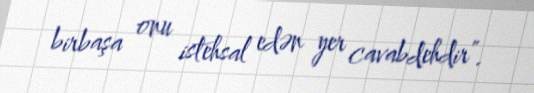
birbaşa onu istehsal edən yer cavabdehdir”.